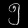
Digit: ၅